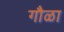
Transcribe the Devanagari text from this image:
गौळा